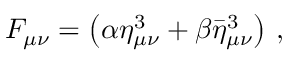
F _ { \mu \nu } = \left( \alpha \eta _ { \mu \nu } ^ { 3 } + \beta \bar { \eta } _ { \mu \nu } ^ { 3 } \right) \, ,